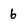
Character: 6